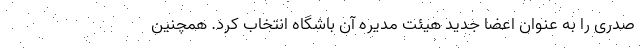
صدری را به عنوان اعضا جدید هیئت مدیره آن باشگاه انتخاب کرد. همچنین